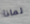
لماذا